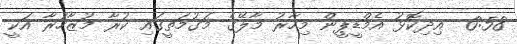
6:58  އިދިކޮޅު އެމްޑީޕީން މިހާރު މާލޭގެ މަގުމަތީގައި ކުރާ މުޒާހަރާ އަކީ